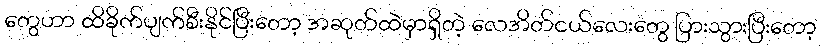
တွေဟာ ထိခိုက်ပျက်စီးနိုင်ပြီးတော့ အဆုတ်ထဲမှာရှိတဲ့ လေအိတ်ငယ်လေးတွေ ပြားသွားပြီးတော့